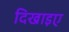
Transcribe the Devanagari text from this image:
दिखाइए